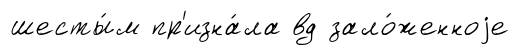
шесты́м пр'изна́ла вд зало́женноjе